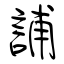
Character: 誧